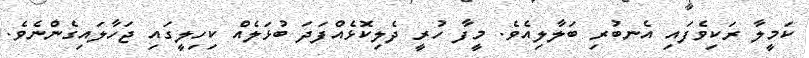
ކަމީލާ ރަކިވެފައި އެނބުރި ބަލާލިއެވެ. މީފާ ހުރީ ދެލިކޮޅެއްފަދަ ބުޅަލެއް ކިހިލީގައި ޖަހާލައިގެންނެވެ.